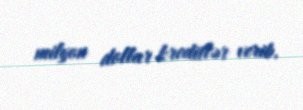
milyon dollar kreditlər verib.